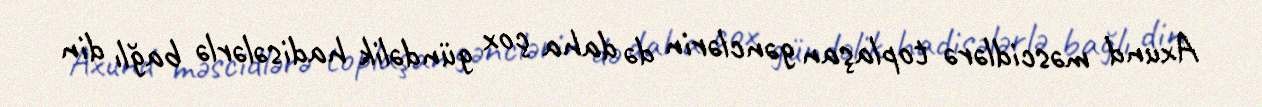
Axund məscidlərə toplaşan gənclərin də daha çox gündəlik hadisələrlə bağlı din